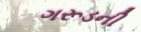
ગરૂડની